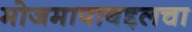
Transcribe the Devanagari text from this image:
मोजमापाबद्दलचा